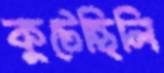
কুটেছিলি